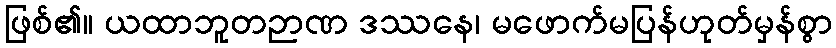
ဖြစ်၏။ ယထာဘူတဉာဏ ဒဿနေ၊ မဖောက်မပြန်ဟုတ်မှန်စွာ